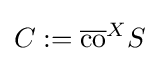
C:={\overline {\operatorname {co} }}^{X}S